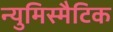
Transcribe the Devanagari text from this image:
न्युमिस्मैटिक